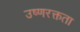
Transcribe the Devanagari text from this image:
उष्णरक्तता